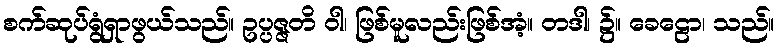
စက်ဆုပ်ရွံရှာဖွယ်သည်။ ဥပ္ပဇ္ဇတိ ဝါ၊ ဖြစ်မူလည်းဖြစ်အံ့။ တဒါ၊ ၌။ ခေဠော၊ သည်။